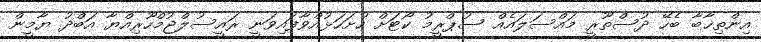
އިންތިޚާބާ ބެހޭ ދުސްތޫރީ މައްސަލައެއް ސުޕްރީމު ކޯޓަށް ހުށަހަޅުއްވާފައިވަނީ ރައީސުލްޖުމްހޫރިއްޔާ އަބްދު ޔާމީން